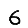
Digit: 6